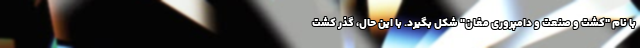
با نام "کشت و صنعت و دامپروری مغان" شکل بگیرد. با این حال، گذر کشت